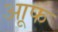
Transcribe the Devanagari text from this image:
आूफ